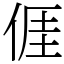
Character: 𠊎